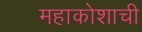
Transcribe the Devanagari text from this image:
महाकोशाची